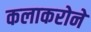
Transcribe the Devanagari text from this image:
कलाकरोने